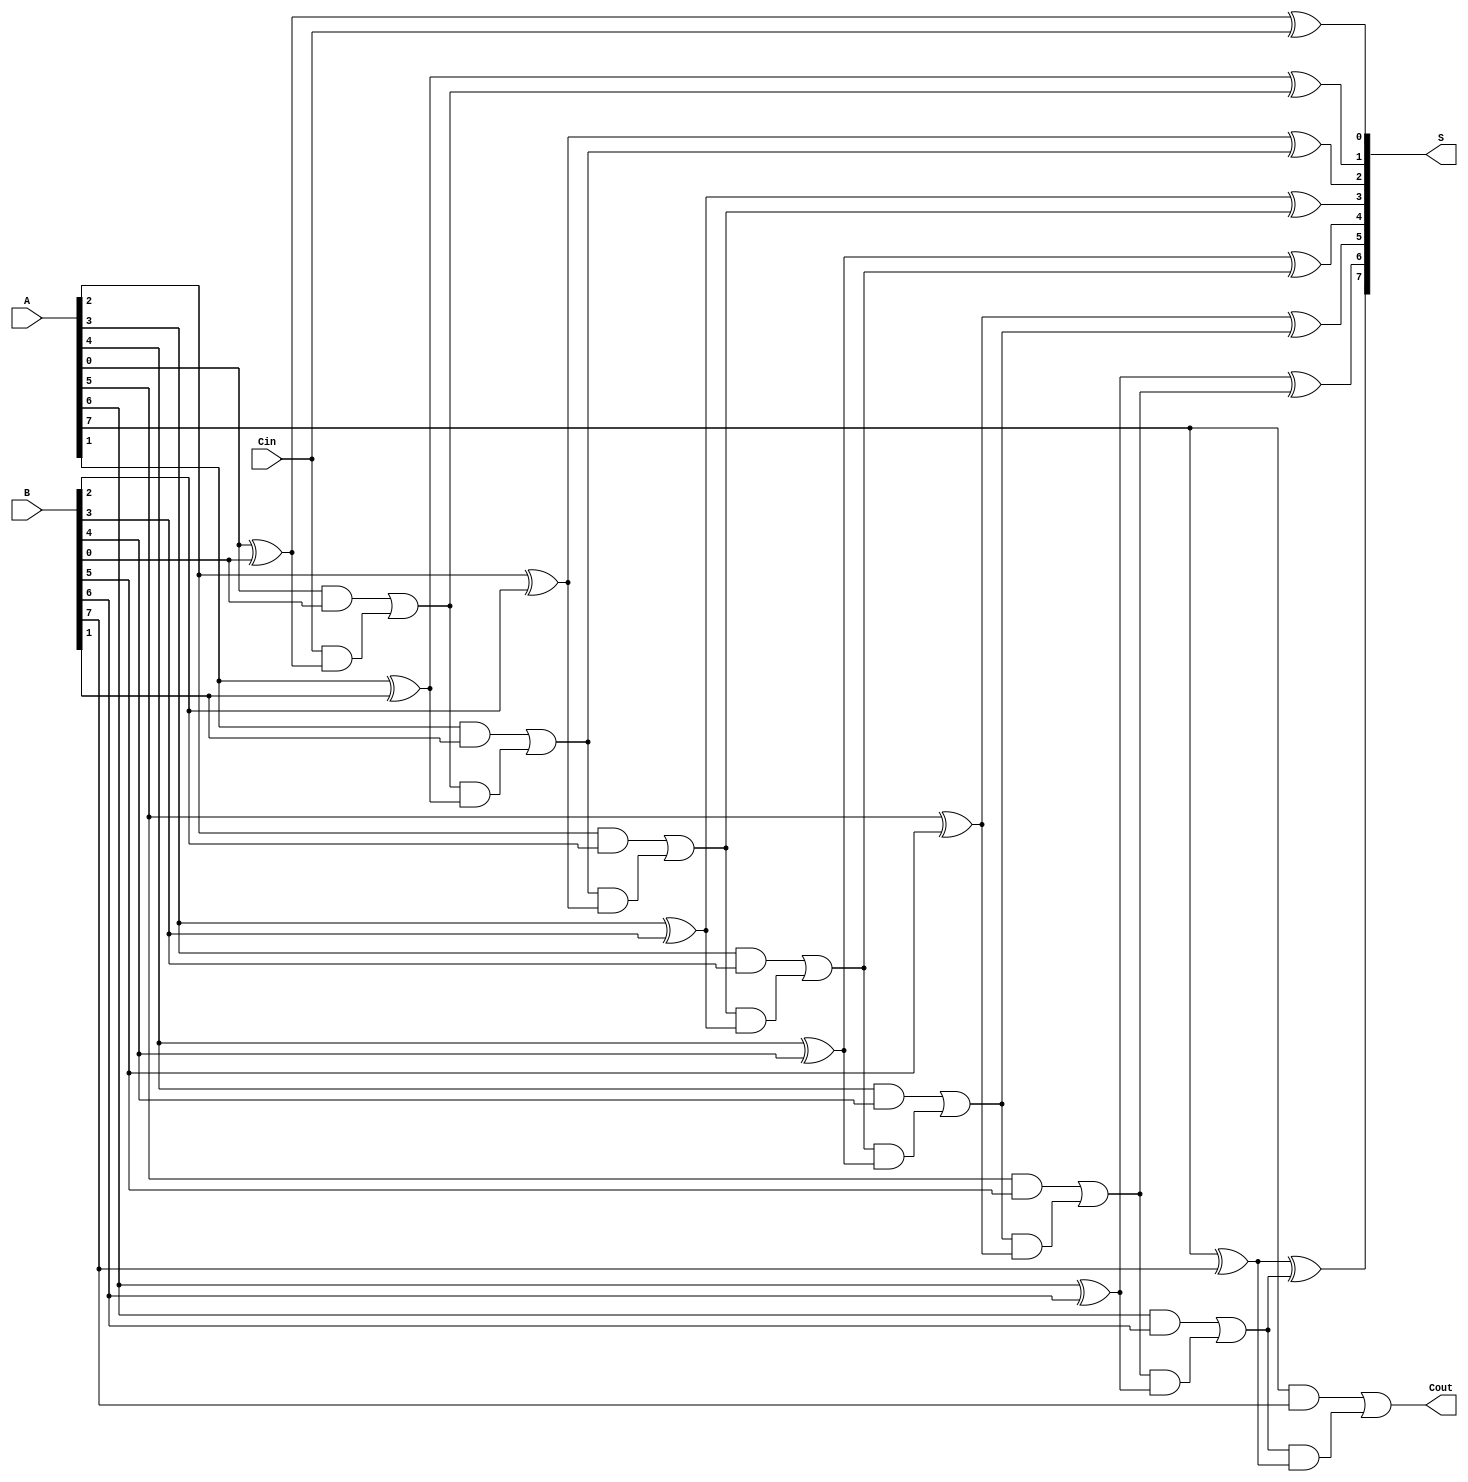
module manchester_carry_chain_adder #(
    parameter N = 8 // Number of bits in the binary numbers
)(
    input  wire [N-1:0] A,    // First n-bit input
    input  wire [N-1:0] B,    // Second n-bit input
    input  wire Cin,           // Input carry
    output wire [N-1:0] S,     // n-bit sum output
    output wire Cout           // Output carry
);

    wire [N:0] C; // Carry signals, C[0] is for Cin, C[1] to C[N] for each bit

    assign C[0] = Cin; // Initial carry in

    genvar i;
    generate
        for (i = 0; i < N; i = i + 1) begin : full_adder
            // Sum calculation
            assign S[i] = A[i] ^ B[i] ^ C[i];

            // Carry calculation
            assign C[i + 1] = (A[i] & B[i]) | (C[i] & (A[i] ^ B[i]));
        end
    endgenerate

    assign Cout = C[N]; // Final carry out

endmodule